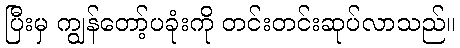
ပြီးမှ ကျွန်တော့်ပခုံးကို တင်းတင်းဆုပ်လာသည်။